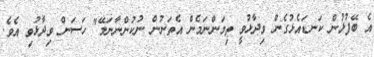
އެ ބޭފުޅުން ކަނޑައެޅުގެން ވިދާޅުވީ ތިމަންނަމެން އެތަނުން ނުކުންނާނަމޭ" ހަސަން ވިދާޅުވި އެވެ.